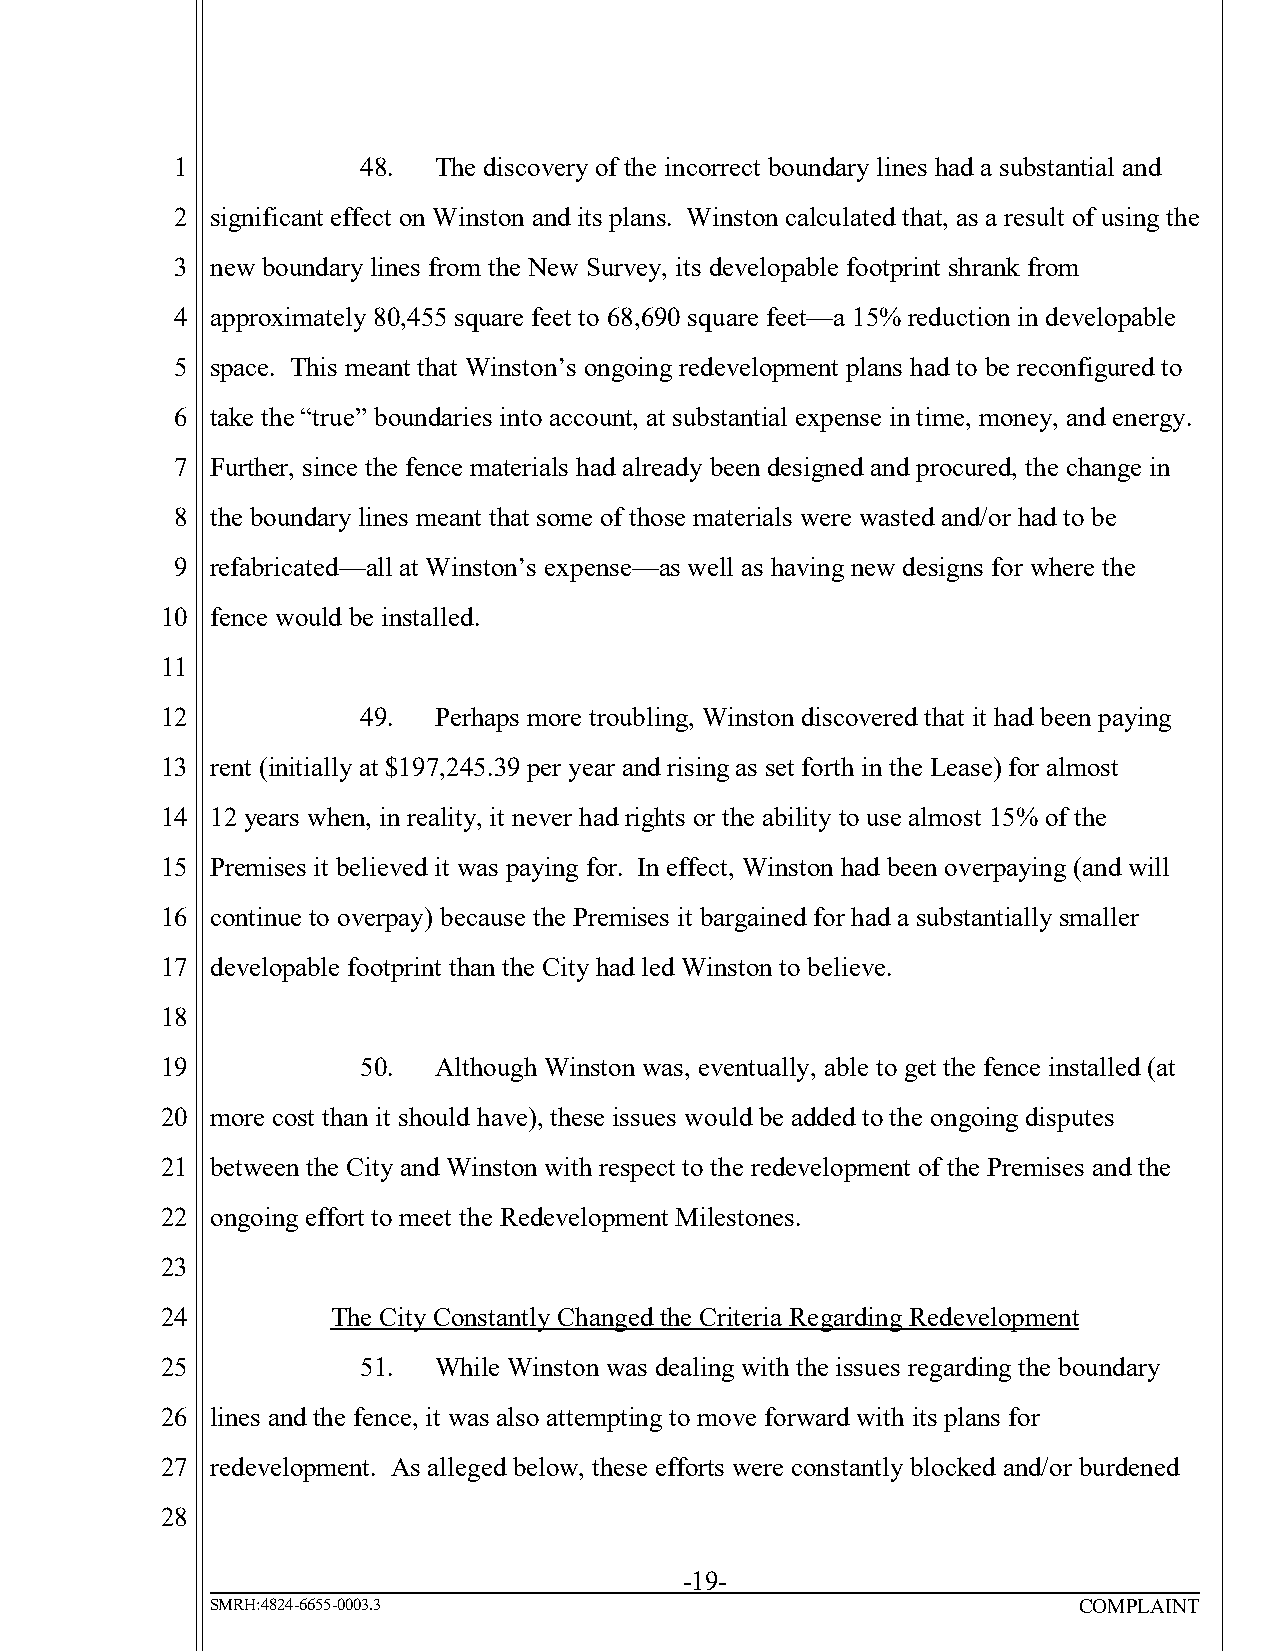
1           48.  The discovery of the incorrect boundary lines had a substantial and
 2 significant effect on Winston and its plans. Winston calculated that, as a result of using the
 3 new boundary lines from the New Survey, its developable footprint shrank from
 4 approximately 80,455 square feet to 68,690 square feet—a 15% reduction in developable
 5 space. This meant that Winston’s ongoing redevelopment plans had to be reconfigured to
 6 take the “true” boundaries into account, at substantial expense in time, money, and energy.
 7 Further, since the fence materials had already been designed and procured, the change in
 8 the boundary lines meant that some of those materials were wasted and/or had to be
 9 refabricated—all at Winston’s expense—as well as having new designs for where the
 10 fence would be installed.
 11
 12           49.  Perhaps more troubling, Winston discovered that it had been paying
 13 rent (initially at $197,245.39 per year and rising as set forth in the Lease) for almost
 14 12 years when, in reality, it never had rights or the ability to use almost 15% of the
 15 Premises it believed it was paying for. In effect, Winston had been overpaying (and will
 16 continue to overpay) because the Premises it bargained for had a substantially smaller
 17 developable footprint than the City had led Winston to believe.
 18
 19           50.  Although Winston was, eventually, able to get the fence installed (at
 20 more cost than it should have), these issues would be added to the ongoing disputes
 21 between the City and Winston with respect to the redevelopment of the Premises and the
 22 ongoing effort to meet the Redevelopment Milestones.
 23
 24         The City Constantly Changed the Criteria Regarding Redevelopment
 25           51.  While Winston was dealing with the issues regarding the boundary
 26 lines and the fence, it was also attempting to move forward with its plans for
 27 redevelopment. As alleged below, these efforts were constantly blocked and/or burdened
 28
 -19-
 SMRH:4824-6655-0003.3                                    COMPLAINT